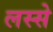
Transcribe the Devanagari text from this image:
लस्से